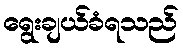
ရွေးချယ်ခံရသည်